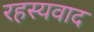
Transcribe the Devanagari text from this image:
रहस्‍यवाद